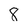
Character: 8